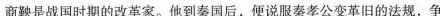
商鞅是战国时期的改革家。他到秦国后，便说服秦孝公变革的法规，争